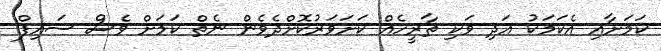
ކަމަށާއި އެކަމަކު އަދި ވަކި ތާރީހެއް ކަށަވަރުކޮށްދެވެން ނެތް ކަމަށް ވެސް ސައިފް